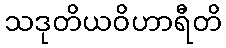
သဒုတိယဝိဟာရီတိ